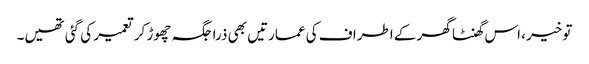
تو خیر، اس گھنٹا گھر کے اطراف کی عمارتیں بھی ذرا جگہ چھوڑ کر تعمیر کی گئی تھیں۔